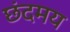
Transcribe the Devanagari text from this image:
छंदमय